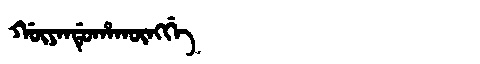
Manchu: ᡤᡡᠶᠠᠨᡩᡠᡥᠠᡴᡡᠩᡤᡝ
Romanization: GŪYANDUHAKŪNGGE